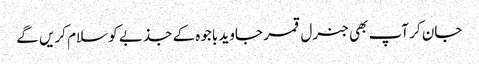
جان کر آپ بھی جنرل قمر جاوید باجوہ کے جذبے کو سلام کریں گے